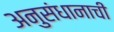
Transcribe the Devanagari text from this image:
अनुसंधानाची